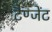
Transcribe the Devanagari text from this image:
टैण्जेंट